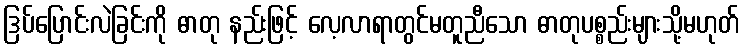
ဒြပ်ပြောင်းလဲခြင်းကို ဓာတု နည်းဖြင့် လေ့လာရာတွင်မတူညီသော ဓာတုပစ္စည်းများသို့မဟုတ်